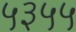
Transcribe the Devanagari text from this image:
५३५५